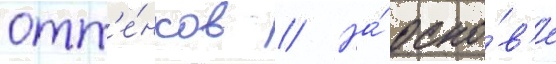
отт'е́нков // На́ осно́в'е